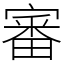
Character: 審